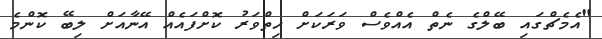
"އެމެޗްގައި ބޭލްގެ ނެތް އެއްވެސް ވަރަކަށް ހިތްވަރު ކޮށްފައެއް އޭނާއަށް ލިބޭ ކޮންމެ